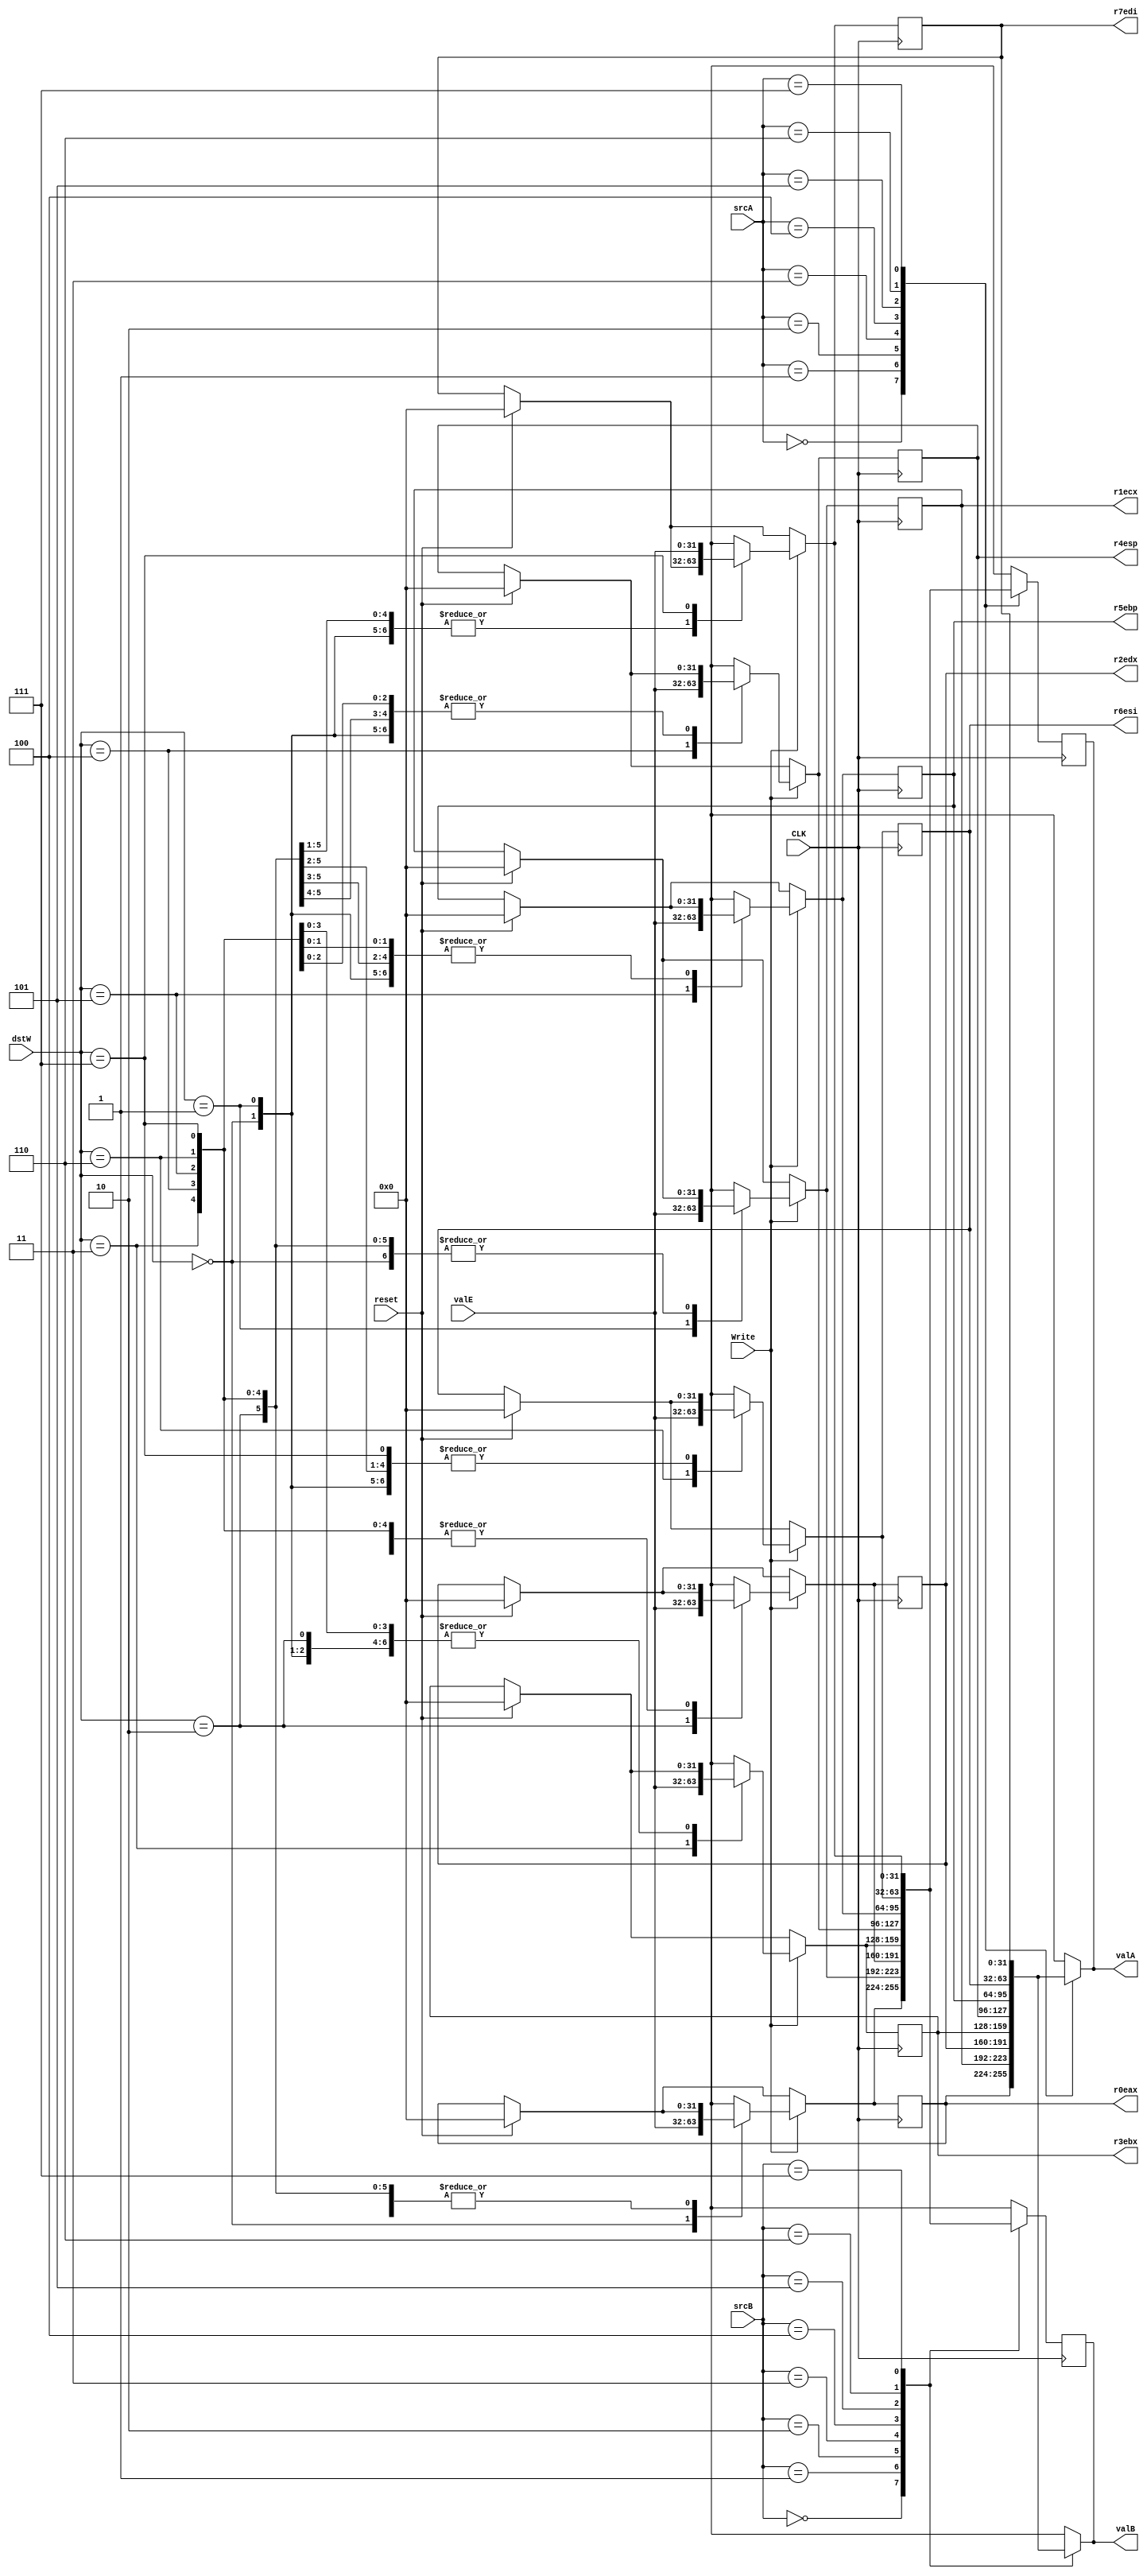
`timescale 1ns / 1ns

module regfile8x32(input [2:0] srcA, srcB, dstW, 
                   input [31:0] valE, 
                   input Write, CLK, reset, 
                   output reg [31:0] valA, valB, r0eax, r1ecx, r2edx, r3ebx, r4esp, r5ebp, r6esi, r7edi);
    always @(posedge CLK) begin
        if (reset) begin
            r0eax = 0;
            r1ecx = 0;
            r2edx = 0;
            r3ebx = 0;
            r4esp = 0;
            r5ebp = 0;
            r6esi = 0;
            r7edi = 0;
        end
        if (Write) begin
            case (dstW)
                0 : r0eax = valE;
                1 : r1ecx = valE;
                2 : r2edx = valE;
                3 : r3ebx = valE;
                4 : r4esp = valE;
                5 : r5ebp = valE;
                6 : r6esi = valE;
                7 : r7edi = valE;
            endcase
            $display("writing (%h) = %h", dstW, valE);
        end
        case(srcA)
            0 : valA <= r0eax;
            1 : valA <= r1ecx;
            2 : valA <= r2edx;
            3 : valA <= r3ebx;
            4 : valA <= r4esp;
            5 : valA <= r5ebp;
            6 : valA <= r6esi;
            7 : valA <= r7edi;
        endcase
        case(srcB)
            0 : valB <= r0eax;
            1 : valB <= r1ecx;
            2 : valB <= r2edx;
            3 : valB <= r3ebx;
            4 : valB <= r4esp;
            5 : valB <= r5ebp;
            6 : valB <= r6esi;
            7 : valB <= r7edi;
        endcase
    end
    always @(srcA) begin
        case(srcA)
            0 : valA = r0eax;
            1 : valA = r1ecx;
            2 : valA = r2edx;
            3 : valA = r3ebx;
            4 : valA = r4esp;
            5 : valA = r5ebp;
            6 : valA = r6esi;
            7 : valA = r7edi;
        endcase
    end
    always @(srcB) begin
        case(srcB)
            0 : valB = r0eax;
            1 : valB = r1ecx;
            2 : valB = r2edx;
            3 : valB = r3ebx;
            4 : valB = r4esp;
            5 : valB = r5ebp;
            6 : valB = r6esi;
            7 : valB = r7edi;
        endcase
    end
endmodule